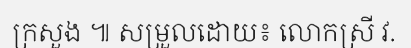
ក្រសួង ៕ សម្រួលដោយ៖ លោកស្រី វ.